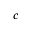
c